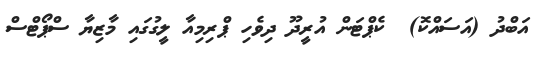
އަބްދު (އަސައްކޮ)  ކެޕްޓަން އުރީދޫ ދިވެހި ޕްރިމިއާ ލީގުގައި މާޒިޔާ ސްޕޯޓްސް